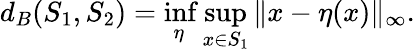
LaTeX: d_{B}(S_{1},S_{2})=\operatorname*{inf}_{\eta}\operatorname*{sup}_{x\in S_{1}}\| x-\eta(x)\| _{\infty}.